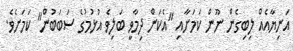
އަނިޔާއެއް ލިބިގެން ނޫން ކަމަށާއި "އެކަން ދިމާވީ ބަލިވެ އުޅުމުގެ ސަބަބުން" ކަމަށެވެ.